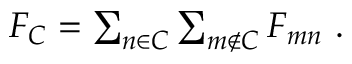
\begin{array} { r } { F _ { C } = \sum _ { n \in C } \sum _ { m \not \in C } F _ { m n } \ . } \end{array}